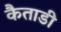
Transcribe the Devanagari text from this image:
कैताडी